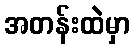
အတန်းထဲမှာ